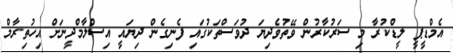
އެމްޑީޕީ ލީޑްކުރާ މި ސަރުކާރުން ވޭތުވެދިޔަ ދުވަސްތަކުގައި ފެނިގެން ދިޔައީ އިސްލާމްދީނަށް އިހުތިރާމް